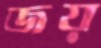
জয়